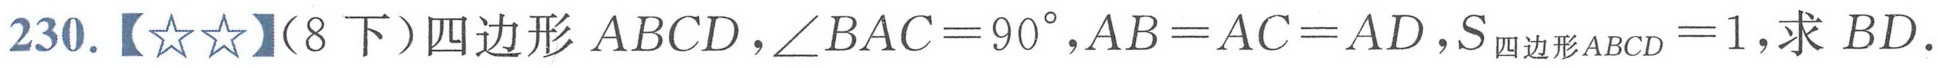
230.【★★】（8下）四边形\(ABCD\)，\(\angle BAC = 90^{\circ}\)，\(AB = AC = AD\)，\(S_{四边形ABCD}=1\)，求 \(BD\)。